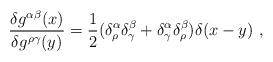
LaTeX: \begin{align*}\frac{\delta g^{\alpha \beta }(x)}{\delta g^{\rho \gamma }(y)}=\frac{1}{2}(\delta ^\alpha _\rho \delta ^\beta _\gamma +\delta ^\alpha _\gamma \delta^\beta _\rho )\delta (x-y)\ ,\end{align*}